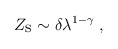
\begin{align*}Z_{\mbox{\rm s}} \sim \delta \lambda^{1 - \gamma} \; ,\end{align*}